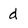
Character: d